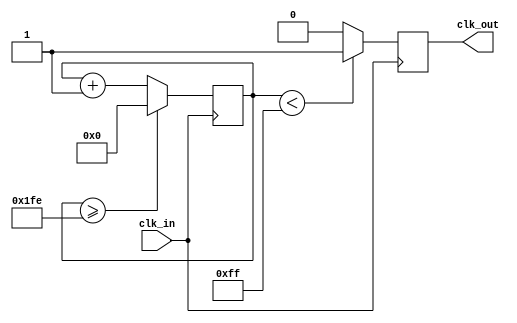
`timescale 1ns / 1ps
//////////////////////////////////////////////////////////////////////////////////
// Company: 
// Engineer: 
// 
// Design Name: 
// Module Name:    divider 
// Project Name: 
// Target Devices: 
// Tool versions: 
// Description: 
//
// Dependencies: 
//
// Revision: 
// Revision 0.01 - File Created
// Additional Comments: 
//
//////////////////////////////////////////////////////////////////////////////////
module clock_divider
    #(parameter DIVISOR = 20'b111111111)
	 (input clk_in,
     output reg clk_out
    );
	 
	 reg[19:0] counter = 20'd0;
	 
	 
	 always @(posedge clk_in)
	 begin
		counter <= counter + 20'd1;
		if (counter >=(DIVISOR-1))
			counter <= 20'd0;
		clk_out <= (counter<DIVISOR/2)?1'b1:1'b0;
	 end
endmodule